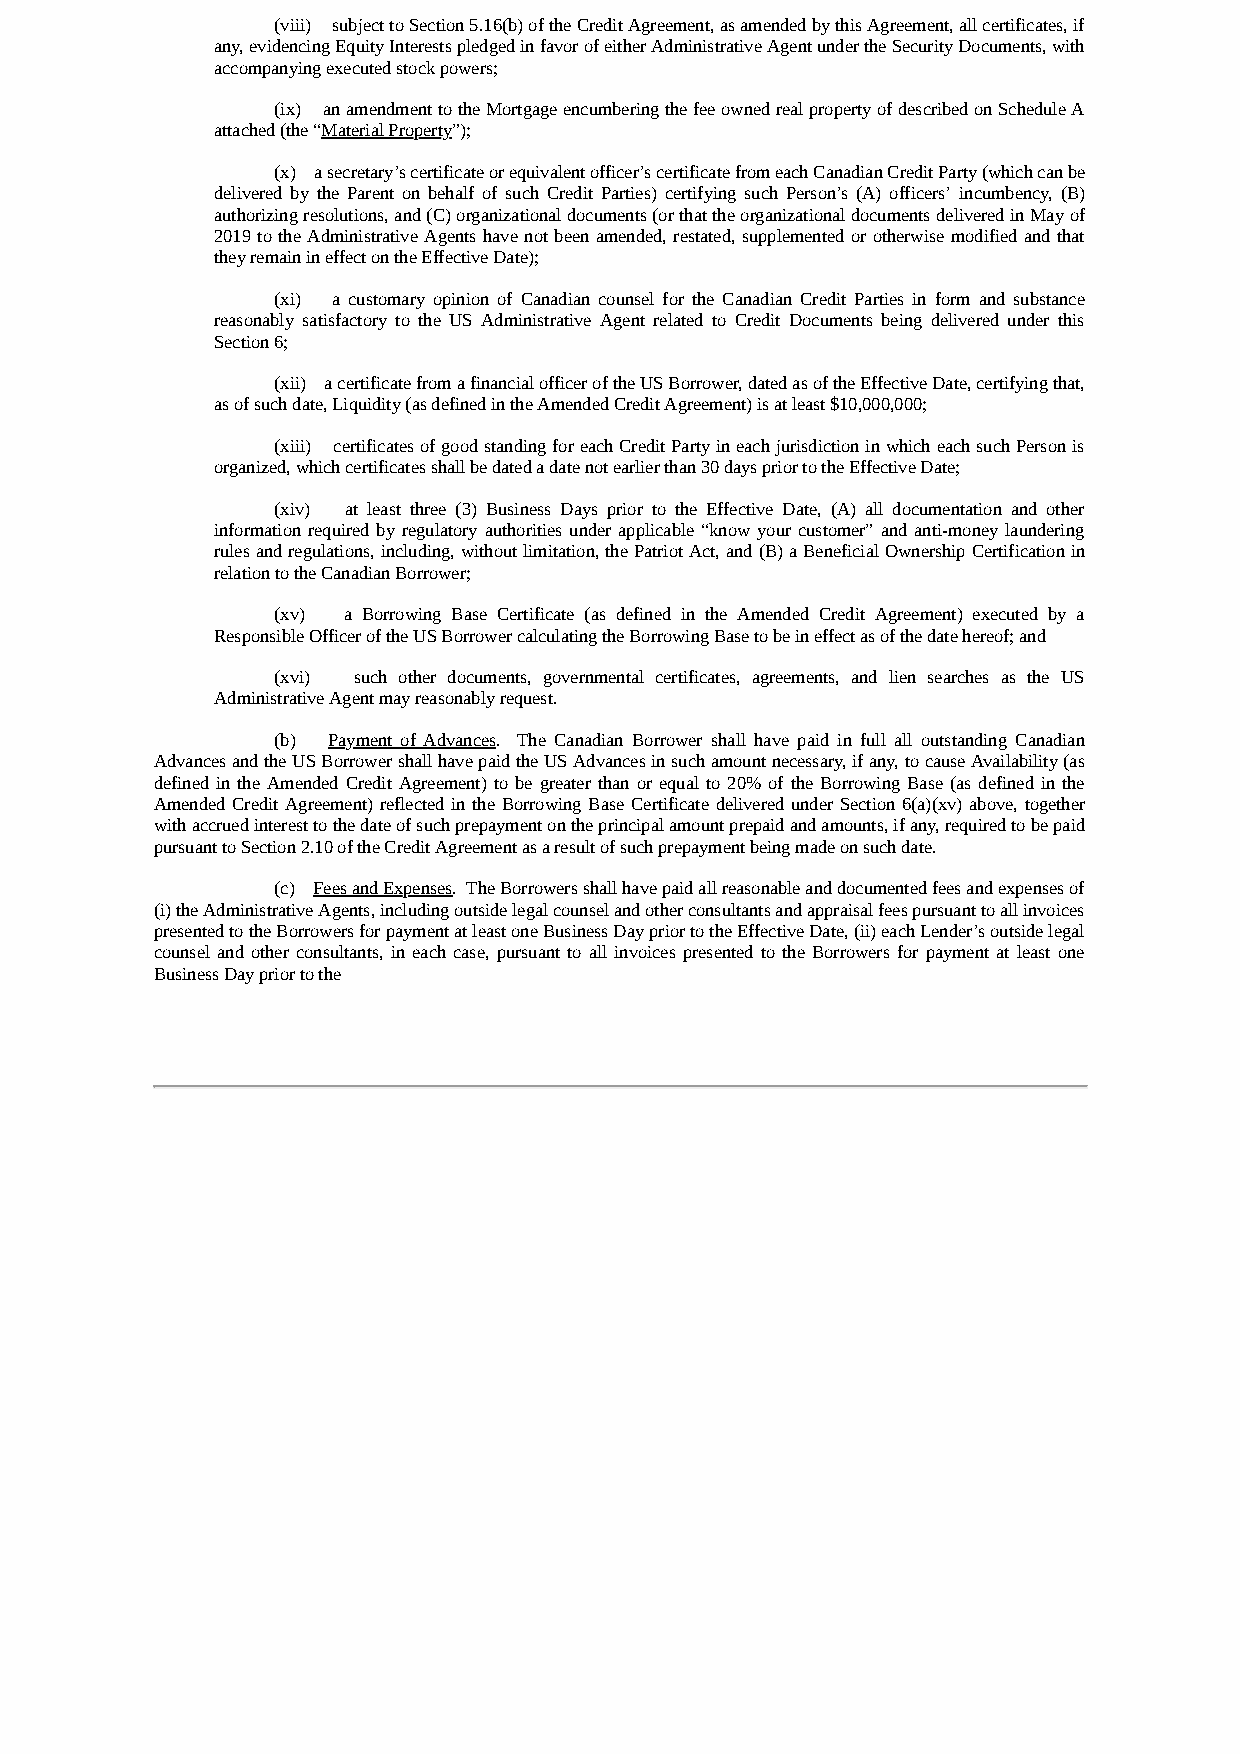
(viii) subject to Section 5.16(b) of the Credit Agreement, as amended by this Agreement, all certificates, if
 any, evidencing Equity Interests pledged in favor of either Administrative Agent under the Security Documents, with
 accompanying executed stock powers;
 (ix) an amendment to the Mortgage encumbering the fee owned real property of described on Schedule A
 attached (the “Material Property”);
 (x) a secretary’s certificate or equivalent officer’s certificate from each Canadian Credit Party (which can be
 delivered by the Parent on behalf of such Credit Parties) certifying such Person’s (A) officers’ incumbency, (B)
 authorizing resolutions, and (C) organizational documents (or that the organizational documents delivered in May of
 2019 to the Administrative Agents have not been amended, restated, supplemented or otherwise modified and that
 they remain in effect on the Effective Date);
 (xi) a customary opinion of Canadian counsel for the Canadian Credit Parties in form and substance
 reasonably satisfactory to the US Administrative Agent related to Credit Documents being delivered under this
 Section 6;
 (xii) a certificate from a financial officer of the US Borrower, dated as of the Effective Date, certifying that,
 as of such date, Liquidity (as defined in the Amended Credit Agreement) is at least $10,000,000;
 (xiii) certificates of good standing for each Credit Party in each jurisdiction in which each such Person is
 organized, which certificates shall be dated a date not earlier than 30 days prior to the Effective Date;
 (xiv) at least three (3) Business Days prior to the Effective Date, (A) all documentation and other
 information required by regulatory authorities under applicable “know your customer” and anti-money laundering
 rules and regulations, including, without limitation, the Patriot Act, and (B) a Beneficial Ownership Certification in
 relation to the Canadian Borrower;
 (xv) a Borrowing Base Certificate (as defined in the Amended Credit Agreement) executed by a
 Responsible Officer of the US Borrower calculating the Borrowing Base to be in effect as of the date hereof; and
 (xvi) such other documents, governmental certificates, agreements, and lien searches as the US
 Administrative Agent may reasonably request.
 (b) Payment of Advances. The Canadian Borrower shall have paid in full all outstanding Canadian
 Advances and the US Borrower shall have paid the US Advances in such amount necessary, if any, to cause Availability (as
 defined in the Amended Credit Agreement) to be greater than or equal to 20% of the Borrowing Base (as defined in the
 Amended Credit Agreement) reflected in the Borrowing Base Certificate delivered under Section 6(a)(xv) above, together
 with accrued interest to the date of such prepayment on the principal amount prepaid and amounts, if any, required to be paid
 pursuant to Section 2.10 of the Credit Agreement as a result of such prepayment being made on such date.
 (c) Fees and Expenses. The Borrowers shall have paid all reasonable and documented fees and expenses of
 (i) the Administrative Agents, including outside legal counsel and other consultants and appraisal fees pursuant to all invoices
 presented to the Borrowers for payment at least one Business Day prior to the Effective Date, (ii) each Lender’s outside legal
 counsel and other consultants, in each case, pursuant to all invoices presented to the Borrowers for payment at least one
 Business Day prior to the